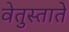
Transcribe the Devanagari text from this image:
वेतुस्ताते